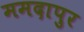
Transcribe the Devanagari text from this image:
ममदापुर